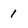
Character: 1